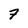
Character: 7